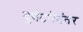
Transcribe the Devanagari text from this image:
दुर्घटनेनंतर